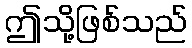
ဤသို့ဖြစ်သည်